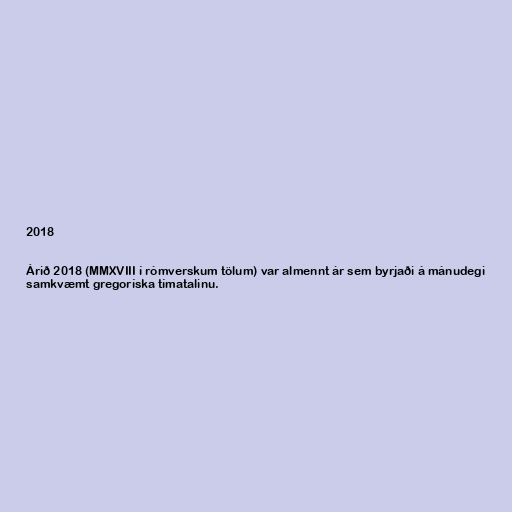
2018

Árið 2018 (MMXVIII í rómverskum tölum) var almennt ár sem byrjaði á mánudegi
samkvæmt gregoríska tímatalinu.